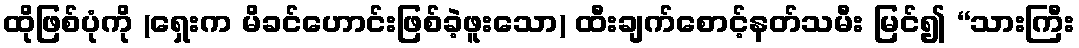
ထိုဖြစ်ပုံကို (ရှေးက မိခင်ဟောင်းဖြစ်ခဲ့ဖူးသော) ထီးချက်စောင့်နတ်သမီး မြင်၍ “သားကြီး